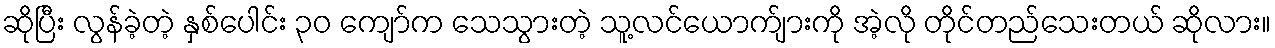
ဆိုပြီး လွန်ခဲ့တဲ့ နှစ်ပေါင်း ၃၀ ကျော်က သေသွားတဲ့ သူ့လင်ယောက်ျားကို အဲ့လို တိုင်တည်သေးတယ် ဆိုလား။